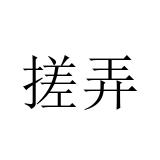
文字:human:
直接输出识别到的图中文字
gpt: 搓弄